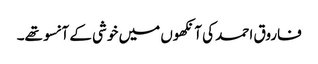
فاروق احمد کی آنکھوں میں خوشی کے آنسو تھے۔